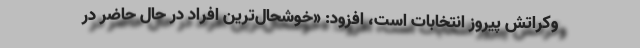
وکراتش پیروز انتخابات است، افزود: «خوشحال‌ترین افراد در حال حاضر در